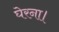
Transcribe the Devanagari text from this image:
घेरना।